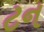
ટન